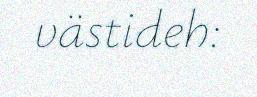
västideh: